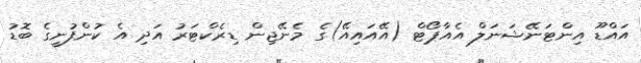
އައްޑޫ އިންޓަނޭޝަނަލް އެއާޕޯޓް (އޭއައިއޭ)ގެ މެނޭޖިން ޑިރެކްޓަރު އަދި އެ ކުންފުނީގެ ބޮޑު